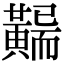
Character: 𪏖